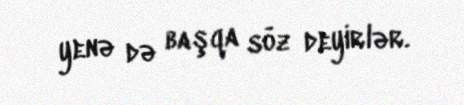
yenə də başqa söz deyirlər.